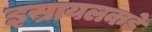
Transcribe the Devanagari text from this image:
इस्रायलकडे